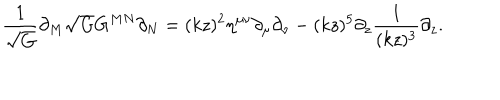
\frac { 1 } { \sqrt { G } } \partial _ { M } \sqrt { G } G ^ { M N } \partial _ { N } = ( k z ) ^ { 2 } \eta ^ { \mu \nu } \partial _ { \mu } \partial _ { \nu } - ( k z ) ^ { 5 } \partial _ { z } \frac { 1 } { ( k z ) ^ { 3 } } \partial _ { z } .